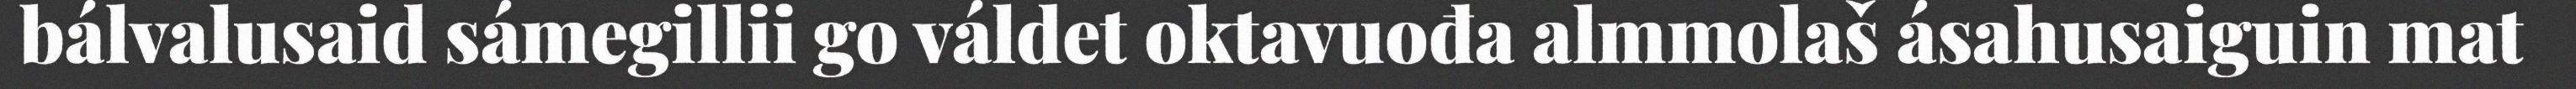
bálvalusaid sámegillii go váldet oktavuođa almmolaš ásahusaiguin mat